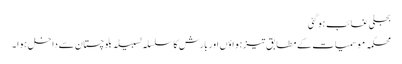
بجلی غائب ہو گئی
محکمہ موسمیات کے مطابق تیز ہواؤں اور بارش کا سلسلہ لسبیلہ بلوچستان سے داخل ہوا ۔